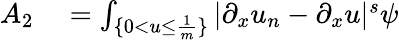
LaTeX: \begin{array}{rl}{A_{2}}&{{}=\int_{\{ 0<u\leq\frac{1}{m}\} }|\partial_{x}u_{n}-\partial_{x}u|^{s}\psi}\end{array}